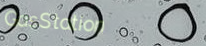
GasStation